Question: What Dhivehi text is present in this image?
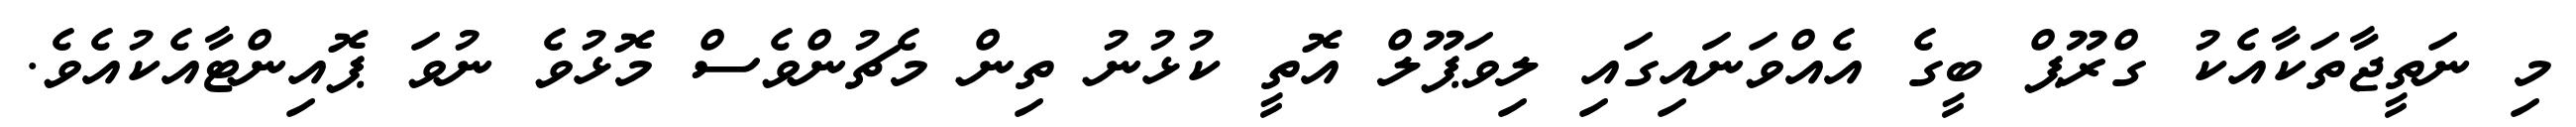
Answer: މި ނަތީޖާތަކާއެކު ގްރޫޕް ބީގެ އެއްވަނައިގައި ލިވަޕޫލް އޮތީ ކުޅުނު ތިން މެޗުންވެސް މޮޅުވެ ނުވަ ޕޮއިންޓާއެކުއެވެ.